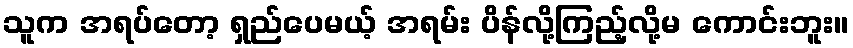
သူက အရပ်တော့ ရှည်ပေမယ့် အရမ်း ပိန်လို့ကြည့်လို့မ ကောင်းဘူး။